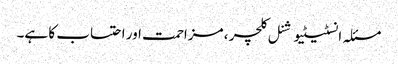
مسئلہ انسٹیٹیوشنل کلچر ، مزاحمت اور احتساب کا ہے۔